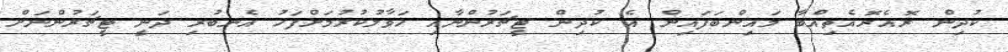
ކުދިން ރޮއެރޮއެތިއްބާ މައިންބަފައިން އެ ކުދިން ޓީޗަރުންނާއި ހަވާލުކުރުމަށްފަހު އެނބުރި ދަނީ ޓީޗަރުންނަށް